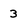
Character: 3